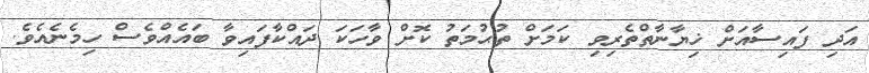
އަދި ފައިސާއަށް ޚިޔާނާތްތެރިވި ކަމަށް ތުޙުމަތު ކޮށް ވާހަކަ ދައްކާފައިވާ ބައެއްވެސް ހިމެނެއެވެ.